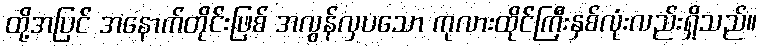
ထို့အပြင် အနောက်တိုင်းဖြစ် အလွန်လှပသော ကုလားထိုင်ကြီးနှစ်လုံးလည်းရှိသည်။